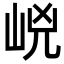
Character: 㟅